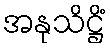
အနုသိဋ္ဌိံ